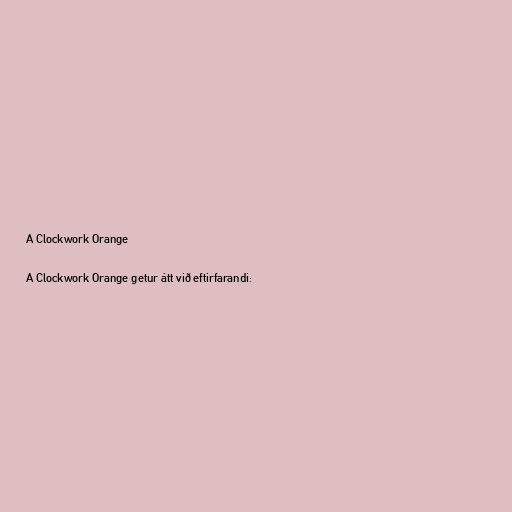
A Clockwork Orange

A Clockwork Orange getur átt við eftirfarandi: